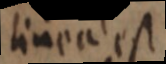
linea est